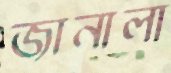
জানালা